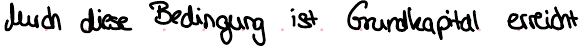
durch diese Bedingung ist Grundkapital erreicht